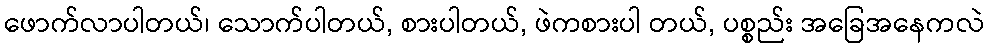
ဖောက်လာပါတယ်၊ သောက်ပါတယ်, စားပါတယ်, ဖဲကစားပါ တယ်, ပစ္စည်း အခြေအနေကလဲ